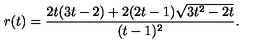
r ( t ) = \frac { 2 t ( 3 t - 2 ) + 2 ( 2 t - 1 ) \sqrt { 3 t ^ { 2 } - 2 t } } { ( t - 1 ) ^ { 2 } } .